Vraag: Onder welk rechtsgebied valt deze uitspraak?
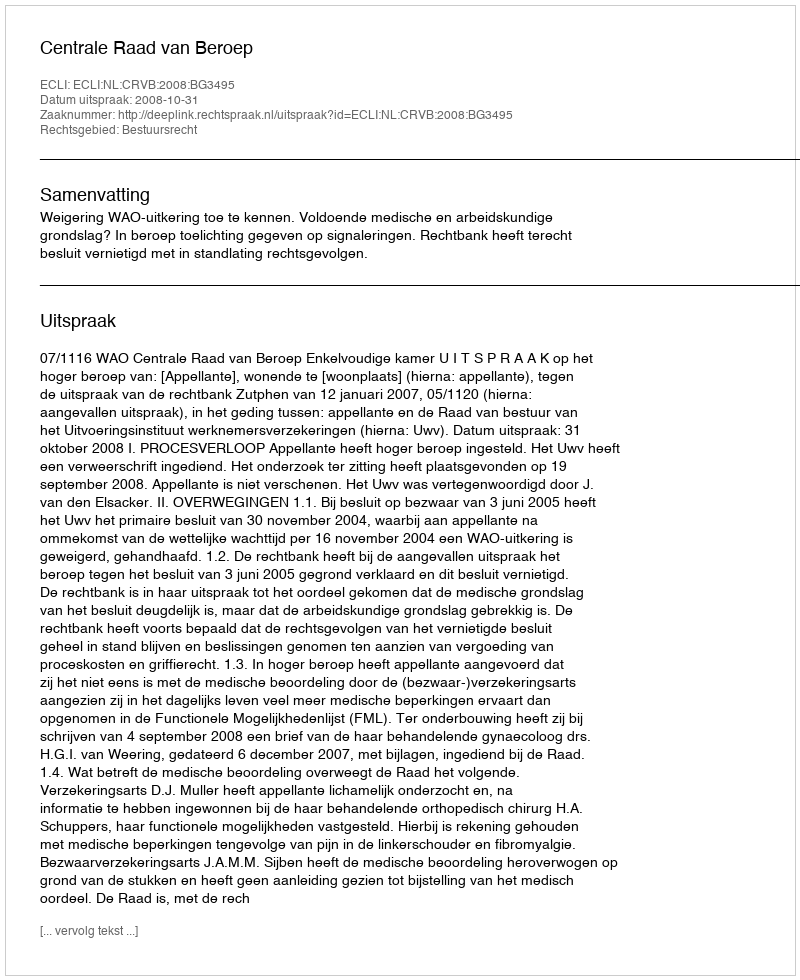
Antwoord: Bestuursrecht